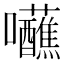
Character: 𡆖